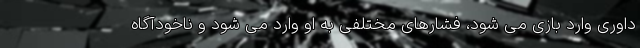
داوری وارد بازی می شود، فشارهای مختلفی به او وارد می شود و ناخودآگاه